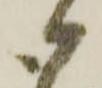
御